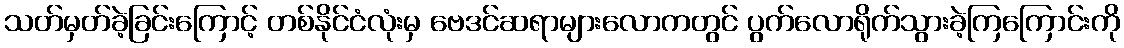
သတ်မှတ်ခဲ့ခြင်းကြောင့် တစ်နိုင်ငံလုံးမှ ဗေဒင်ဆရာများလောကတွင် ပွက်လောရိုက်သွားခဲ့ကြကြောင်းကို